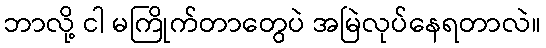
ဘာလို့ ငါ မကြိုက်တာတွေပဲ အမြဲလုပ်နေရတာလဲ။